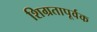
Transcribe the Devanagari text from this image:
शिग्रतापूर्वक